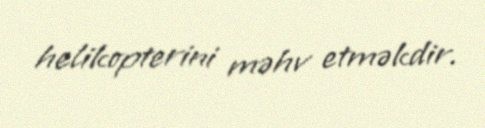
helikopterini məhv etməkdir.